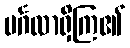
မင်္ဂလာရှိကြ၏